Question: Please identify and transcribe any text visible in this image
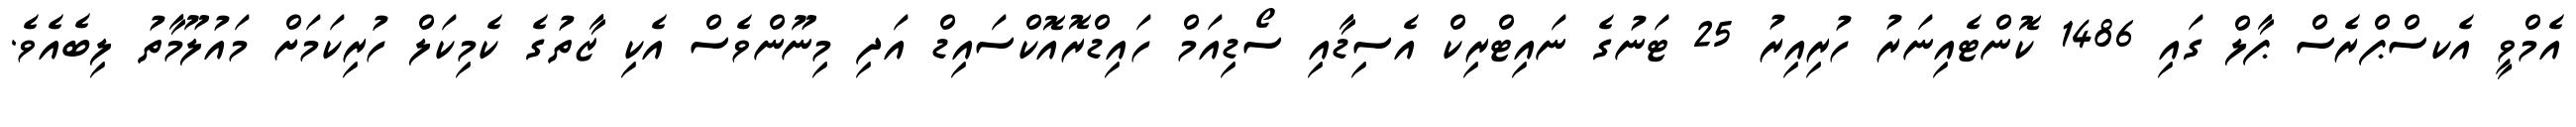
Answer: އެމްވީ އެކސްޕްރެސް ޕާލް ގައި 1486 ކޮންޓެއިނަރު ހުރިއިރު 25 ޓަނުގެ ނައިޓްރިކް އެސިޑާއި ސޯޑިއަމް ހައިޑްރޮއޮކްސައިޑް އަދި މިނޫންވެސް އެކި ޒާތުގެ ކެމިކަލް ހުރިކަމަށް މައުލޫމާތު ލިބެއެވެ.